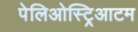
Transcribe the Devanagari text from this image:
पेलिओस्ट्रिआटम